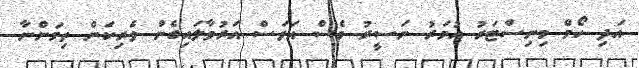
އަދި ހޯމް މިނިސްޓަރު އުމަރު ނަސީރު ވެސް އަވަސް އަރުވާލައިގެން ވެރިކަން ތިމަންނާ